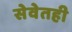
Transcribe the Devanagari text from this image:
सेवेतही